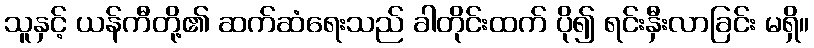
သူနှင့် ယန်ကီတို့၏ ဆက်ဆံရေးသည် ခါတိုင်းထက် ပို၍ ရင်းနှီးလာခြင်း မရှိ။